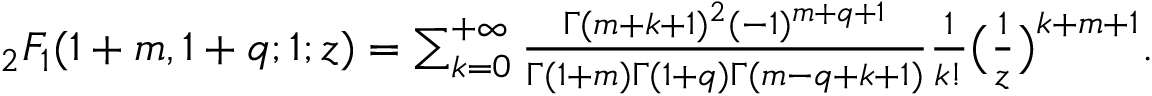
\begin{array} { r } { { _ 2 F _ { 1 } } ( 1 + m , 1 + q ; 1 ; z ) = \sum _ { k = 0 } ^ { + \infty } \frac { \Gamma ( m + k + 1 ) ^ { 2 } ( - 1 ) ^ { m + q + 1 } } { \Gamma ( 1 + m ) \Gamma ( 1 + q ) \Gamma ( m - q + k + 1 ) } \frac { 1 } { k ! } \big ( \frac { 1 } { z } \big ) ^ { k + m + 1 } . } \end{array}